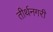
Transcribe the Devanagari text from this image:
तीर्थनगरी